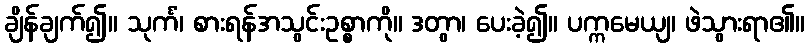
ချိန်ချက်၍။ သုင်္ကံ၊ စားရန်အသွင်းဥစ္စာကို။ ဒတွာ၊ ပေးခဲ့၍။ ပက္ကမေယျ၊ ဖဲသွားရာ၏။